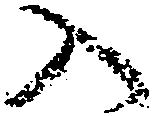
入